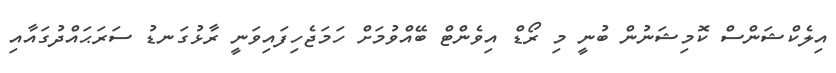
އިލެކްޝަންސް ކޮމިޝަނުން ބުނީ މި ރޯޑް އިވެންޓް ބޭއްވުމަށް ހަމަޖެހިފައިވަނީ ރާޅުގަނޑު ސަރަޙައްދުގައާއި